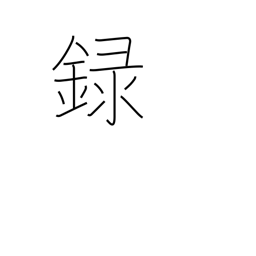
Meaning: record